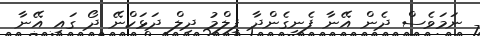
ނަމަވެސް ދެން އޭނާ ފެނިގެންދާ ފިލްމު ދިލް ދަޅަކްނޭ ދޯ ގައި އޭނާ